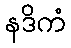
နဒိကံ